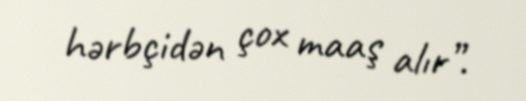
hərbçidən çox maaş alır”.